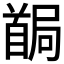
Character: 𩠧